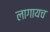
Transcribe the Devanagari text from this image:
लागायच